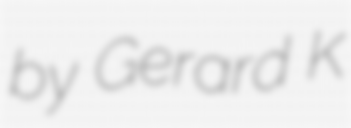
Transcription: by Gerard K